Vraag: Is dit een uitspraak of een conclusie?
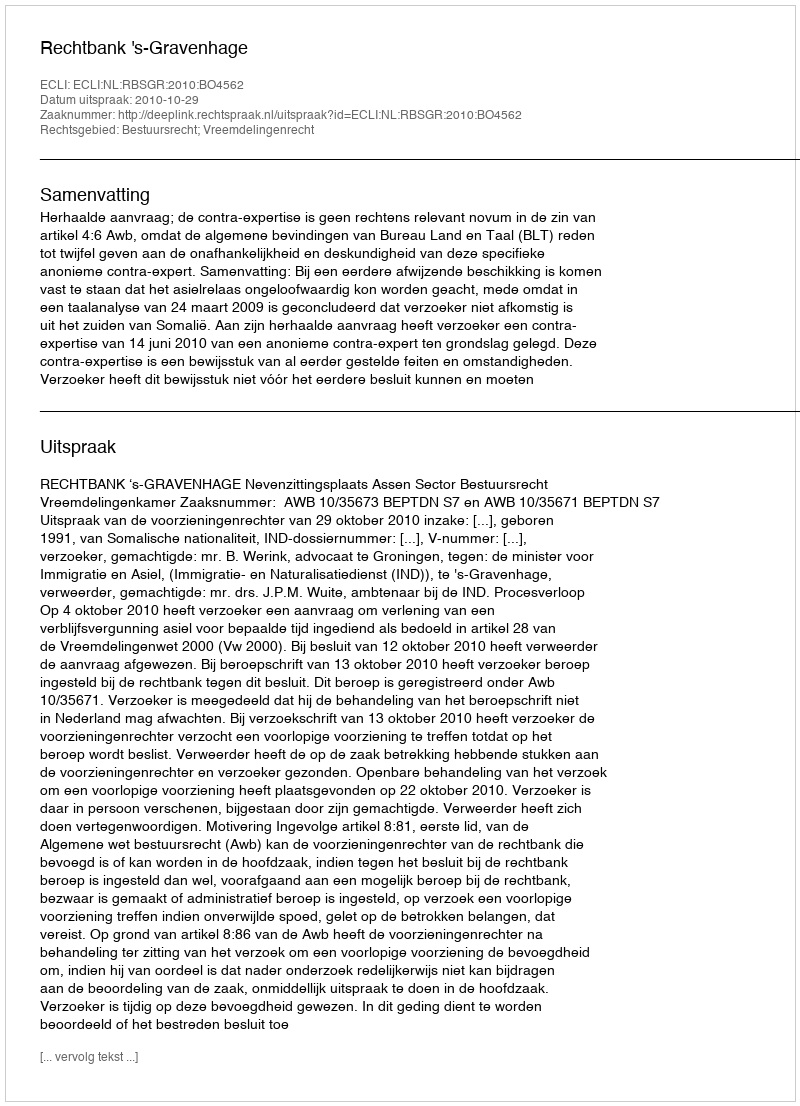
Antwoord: Uitspraak